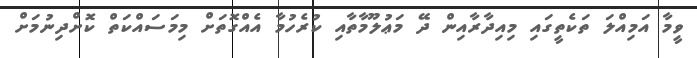
ވީމާ އަމިއްލަ ތަކެތީގައި މިއިދާރާއިން ދޭ މަޢުލޫމާތާއި ކުރެހުމާ އެއްގޮތަށް މިމަސައްކަތް ކޮށްދިނުމަށް